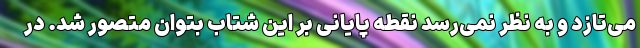
می‌تازد و به نظر نمی‌رسد نقطه پایانی بر این شتاب بتوان متصور شد. در